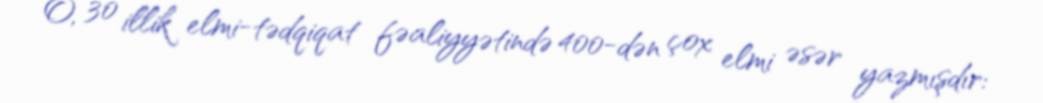
O, 30 illik elmi-tədqiqat fəaliyyətində 400-dən çox elmi əsər yazmışdır: